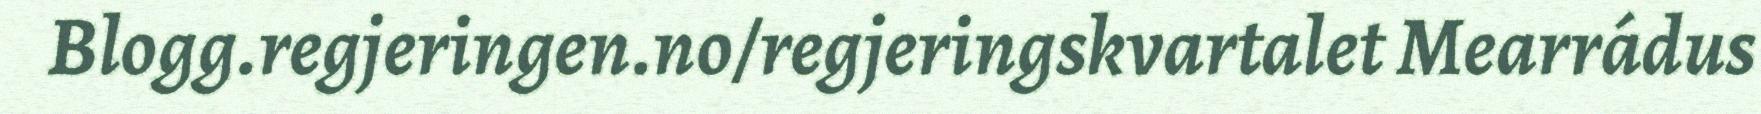
Blogg.regjeringen.no/regjeringskvartalet Mearrádus